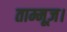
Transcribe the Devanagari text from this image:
ताम्मूज़।